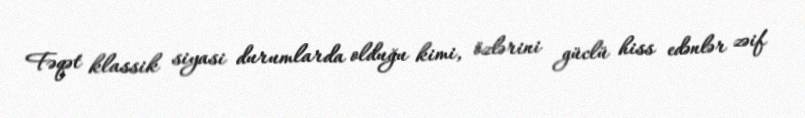
Fəqət klassik siyasi durumlarda olduğu kimi, özlərini güclü hiss edənlər zəif